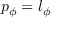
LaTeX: p _ { \phi } = l _ { \phi }